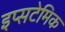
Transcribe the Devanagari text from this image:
इप्सटेमिक